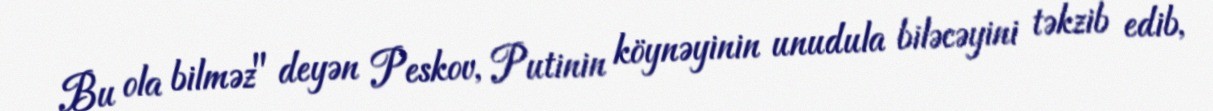
Bu ola bilməz" deyən Peskov, Putinin köynəyinin unudula biləcəyini təkzib edib,